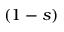
( 1 - s )